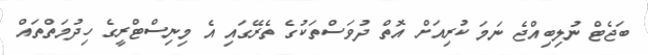
ބަޖެޓް ނުލިބިއްޖެ ނަމަ ކުރިއަށް އޮތް ދުވަސްތަކުގެ ތެރޭގައި އެ މިނިސްޓްރީގެ ހިދުމަތްތައް